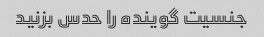
جنسیت گوینده را حدس بزنید